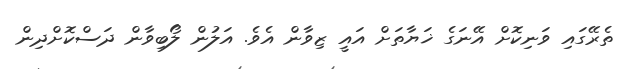
ތެރޭގައި ވަނިކޮށް އޭނަގެ ޚަޔާތަށް އައީ ޒިވާން އެވެ. އަލުން ލޯބިވާން ދަސްކޮށްދިން